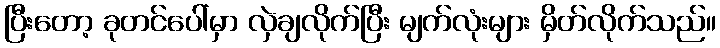
ပြီးတော့ ခုတင်ပေါ်မှာ လှဲချလိုက်ပြီး မျက်လုံးများ မှိတ်လိုက်သည်။